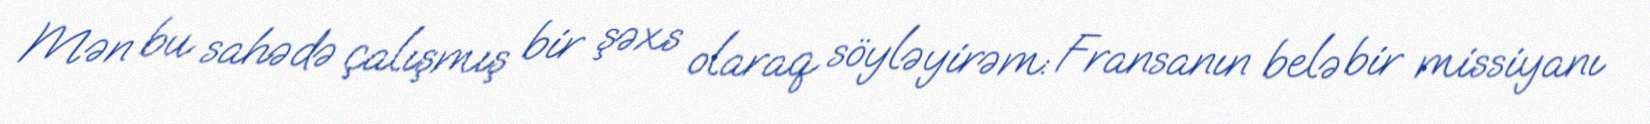
Mən bu sahədə çalışmış bir şəxs olaraq söyləyirəm: Fransanın belə bir missiyanı